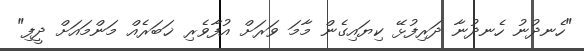
"ހެނދުނު ހެނދުނާ ދަރިފުޅޭ ކިޔައިގެން މާމަ ވަރަށް އުފާވެރި ޚަބަރެއް މަންމައަށް ދީފި"